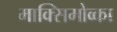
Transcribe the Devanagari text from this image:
माक्सिमोव्का